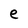
Character: e